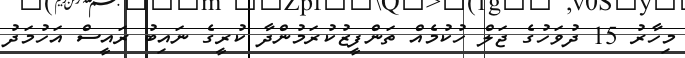
މިހާރު 15 ދުވަހުގެ ޖަލް ހުކުމެއް ތަންފީޒުކުރަމުންދާ ކުރީގެ ނައިބު ރައީސް އަހުމަދު